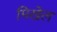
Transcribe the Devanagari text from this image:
मिखेल